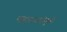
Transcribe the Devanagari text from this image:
महाराजांमुळे